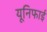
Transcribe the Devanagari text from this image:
यूनिफाई